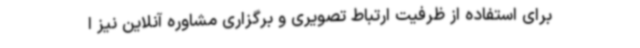
برای استفاده از ظرفیت ارتباط تصویری و برگزاری مشاوره آنلاین نیز ا